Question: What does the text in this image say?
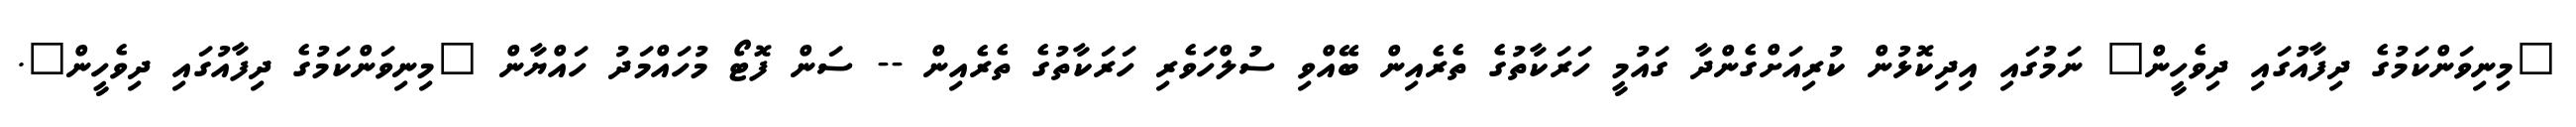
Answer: "މިނިވަންކަމުގެ ދިފާއުގައި ދިވެހީން" ނަމުގައި އިދިކޮޅުން ކުރިއަށްގެންދާ ގައުމީ ހަރަކާތުގެ ތެރެއިން ބޭއްވި ސުލްހަވެރި ހަރަކާތުގެ ތެރެއިން -- ސަން ފޮޓޯ މުހައްމަދު ހައްޔާން "މިނިވަންކަމުގެ ދިފާއުގައި ދިވެހީން".